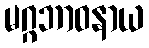
မဂ္ဂဘာဝနာယ